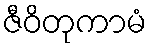
ဇီဝိတုကာမံ